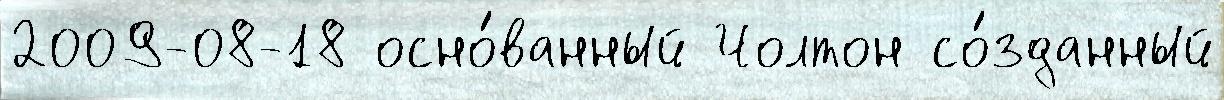
2009-08-18 осно́ванный Чолтон со́зданный